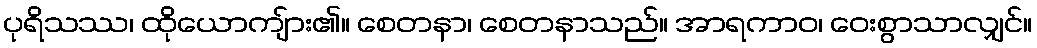
ပုရိသဿ၊ ထိုယောကျ်ား၏။ စေတနာ၊ စေတနာသည်။ အာရကာဝ၊ ဝေးစွာသာလျှင်။